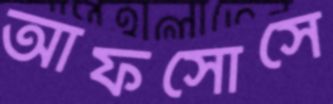
আফসোসে